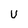
Character: U